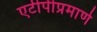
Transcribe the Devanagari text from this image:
एटीपीप्रमाणे